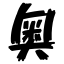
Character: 奥